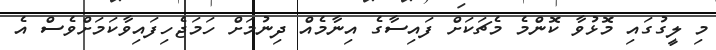
މި ލީގުގައި މޮޅުވާ ކޮންމެ މެޗަކަށް ފައިސާގެ އިނާމެއް ދިނުމަށް ހަމަޖެހިފައިވާކަމަށްވެސް އެ